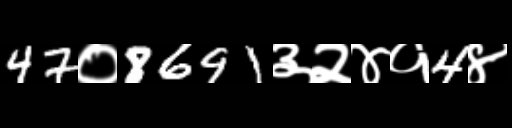
Text: 47०8691३२४१4४